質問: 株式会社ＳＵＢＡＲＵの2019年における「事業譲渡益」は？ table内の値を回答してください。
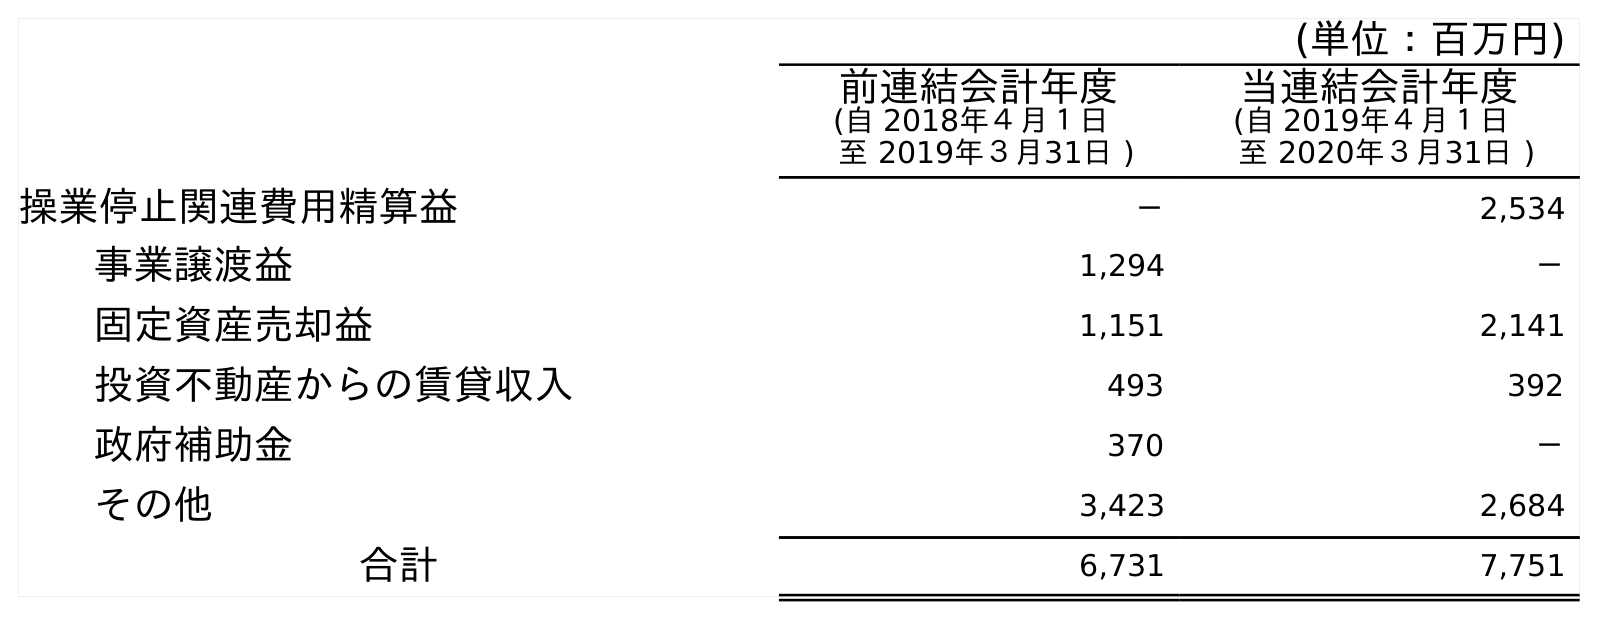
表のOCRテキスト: (単位：百万円) 前連結会計年度 (自 2018年４月１日 至 2019年３月31日 ) 当連結会計年度 (自 2019年４月１日 至 2020年３月31日 ) 操業停止関連費用精算益 － 2,534 事業譲渡益 1,294 － 固定資産売却益 1,151 2,141 投資不動産からの賃貸収入 493 392 政府補助金 370 － その他 3,423 2,684 合計 6,731 7,751
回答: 1,294